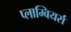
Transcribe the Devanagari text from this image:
प्लाम्बियर्स